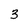
Character: 3